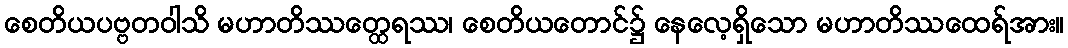
စေတိယပဗ္ဗတဝါသိ မဟာတိဿတ္ထေရဿ၊ စေတိယတောင်၌ နေလေ့ရှိသော မဟာတိဿထေရ်အား။